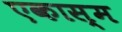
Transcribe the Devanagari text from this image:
एकास्म